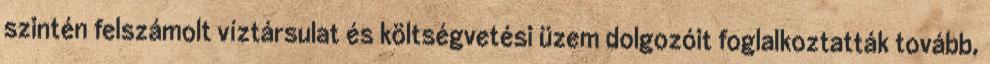
szintén felszámolt víztársulat és költségvetési üzem dolgozóit foglalkoztatták tovább,